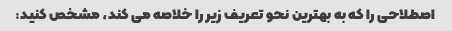
اصطلاحی را که به بهترین نحو تعریف زیر را خلاصه می کند، مشخص کنید: